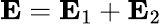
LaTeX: {\mathbf E}={\mathbf E}_{1}+{\mathbf E}_{2}